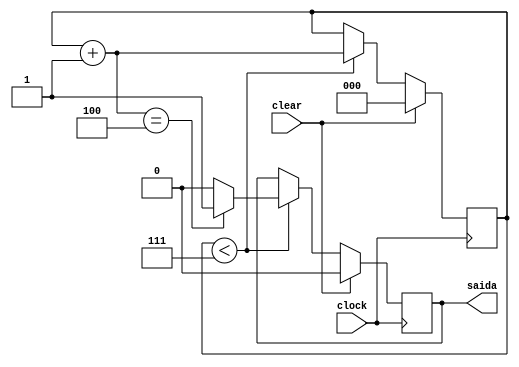
module counter_7(
  input wire clock, clear,
  output reg saida);
  
  reg[2:0] contador = 0;
  
  always @(posedge clock)
    begin
      
      if(clear == 1)
        begin
          contador <= 0; //contador so reseta quando clear e 1
          saida <= 0;
        end
      else
        begin
          if(contador < 7)
            begin
              contador = contador + 1; //contador so vai at 7
              if (contador == 4)
                saida <= 1;
              else
                saida <= 0;
            end
          
        end
    end
endmodule